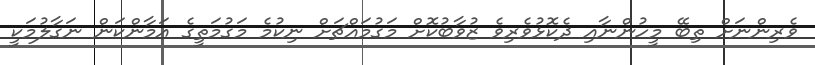
ވެރިންނަށް ތިބޭ މީހުންނާއި ދެކޮޅުވެރިވެ ޒުވާބުކޮށް މަގުމައްޗަށް ނިކުމެ މަގުމަތީގެ އަމާންކަން ނަގާލުމަކީ